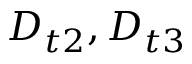
D _ { t 2 } , D _ { t 3 }